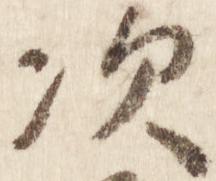
次